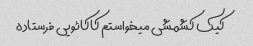
کیک کشمشی میخواستم کاکائویی فرستاده